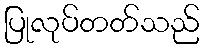
ပြုလုပ်တတ်သည်